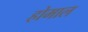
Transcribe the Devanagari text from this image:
होमाल